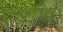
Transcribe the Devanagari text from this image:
रखमाबाईंचे